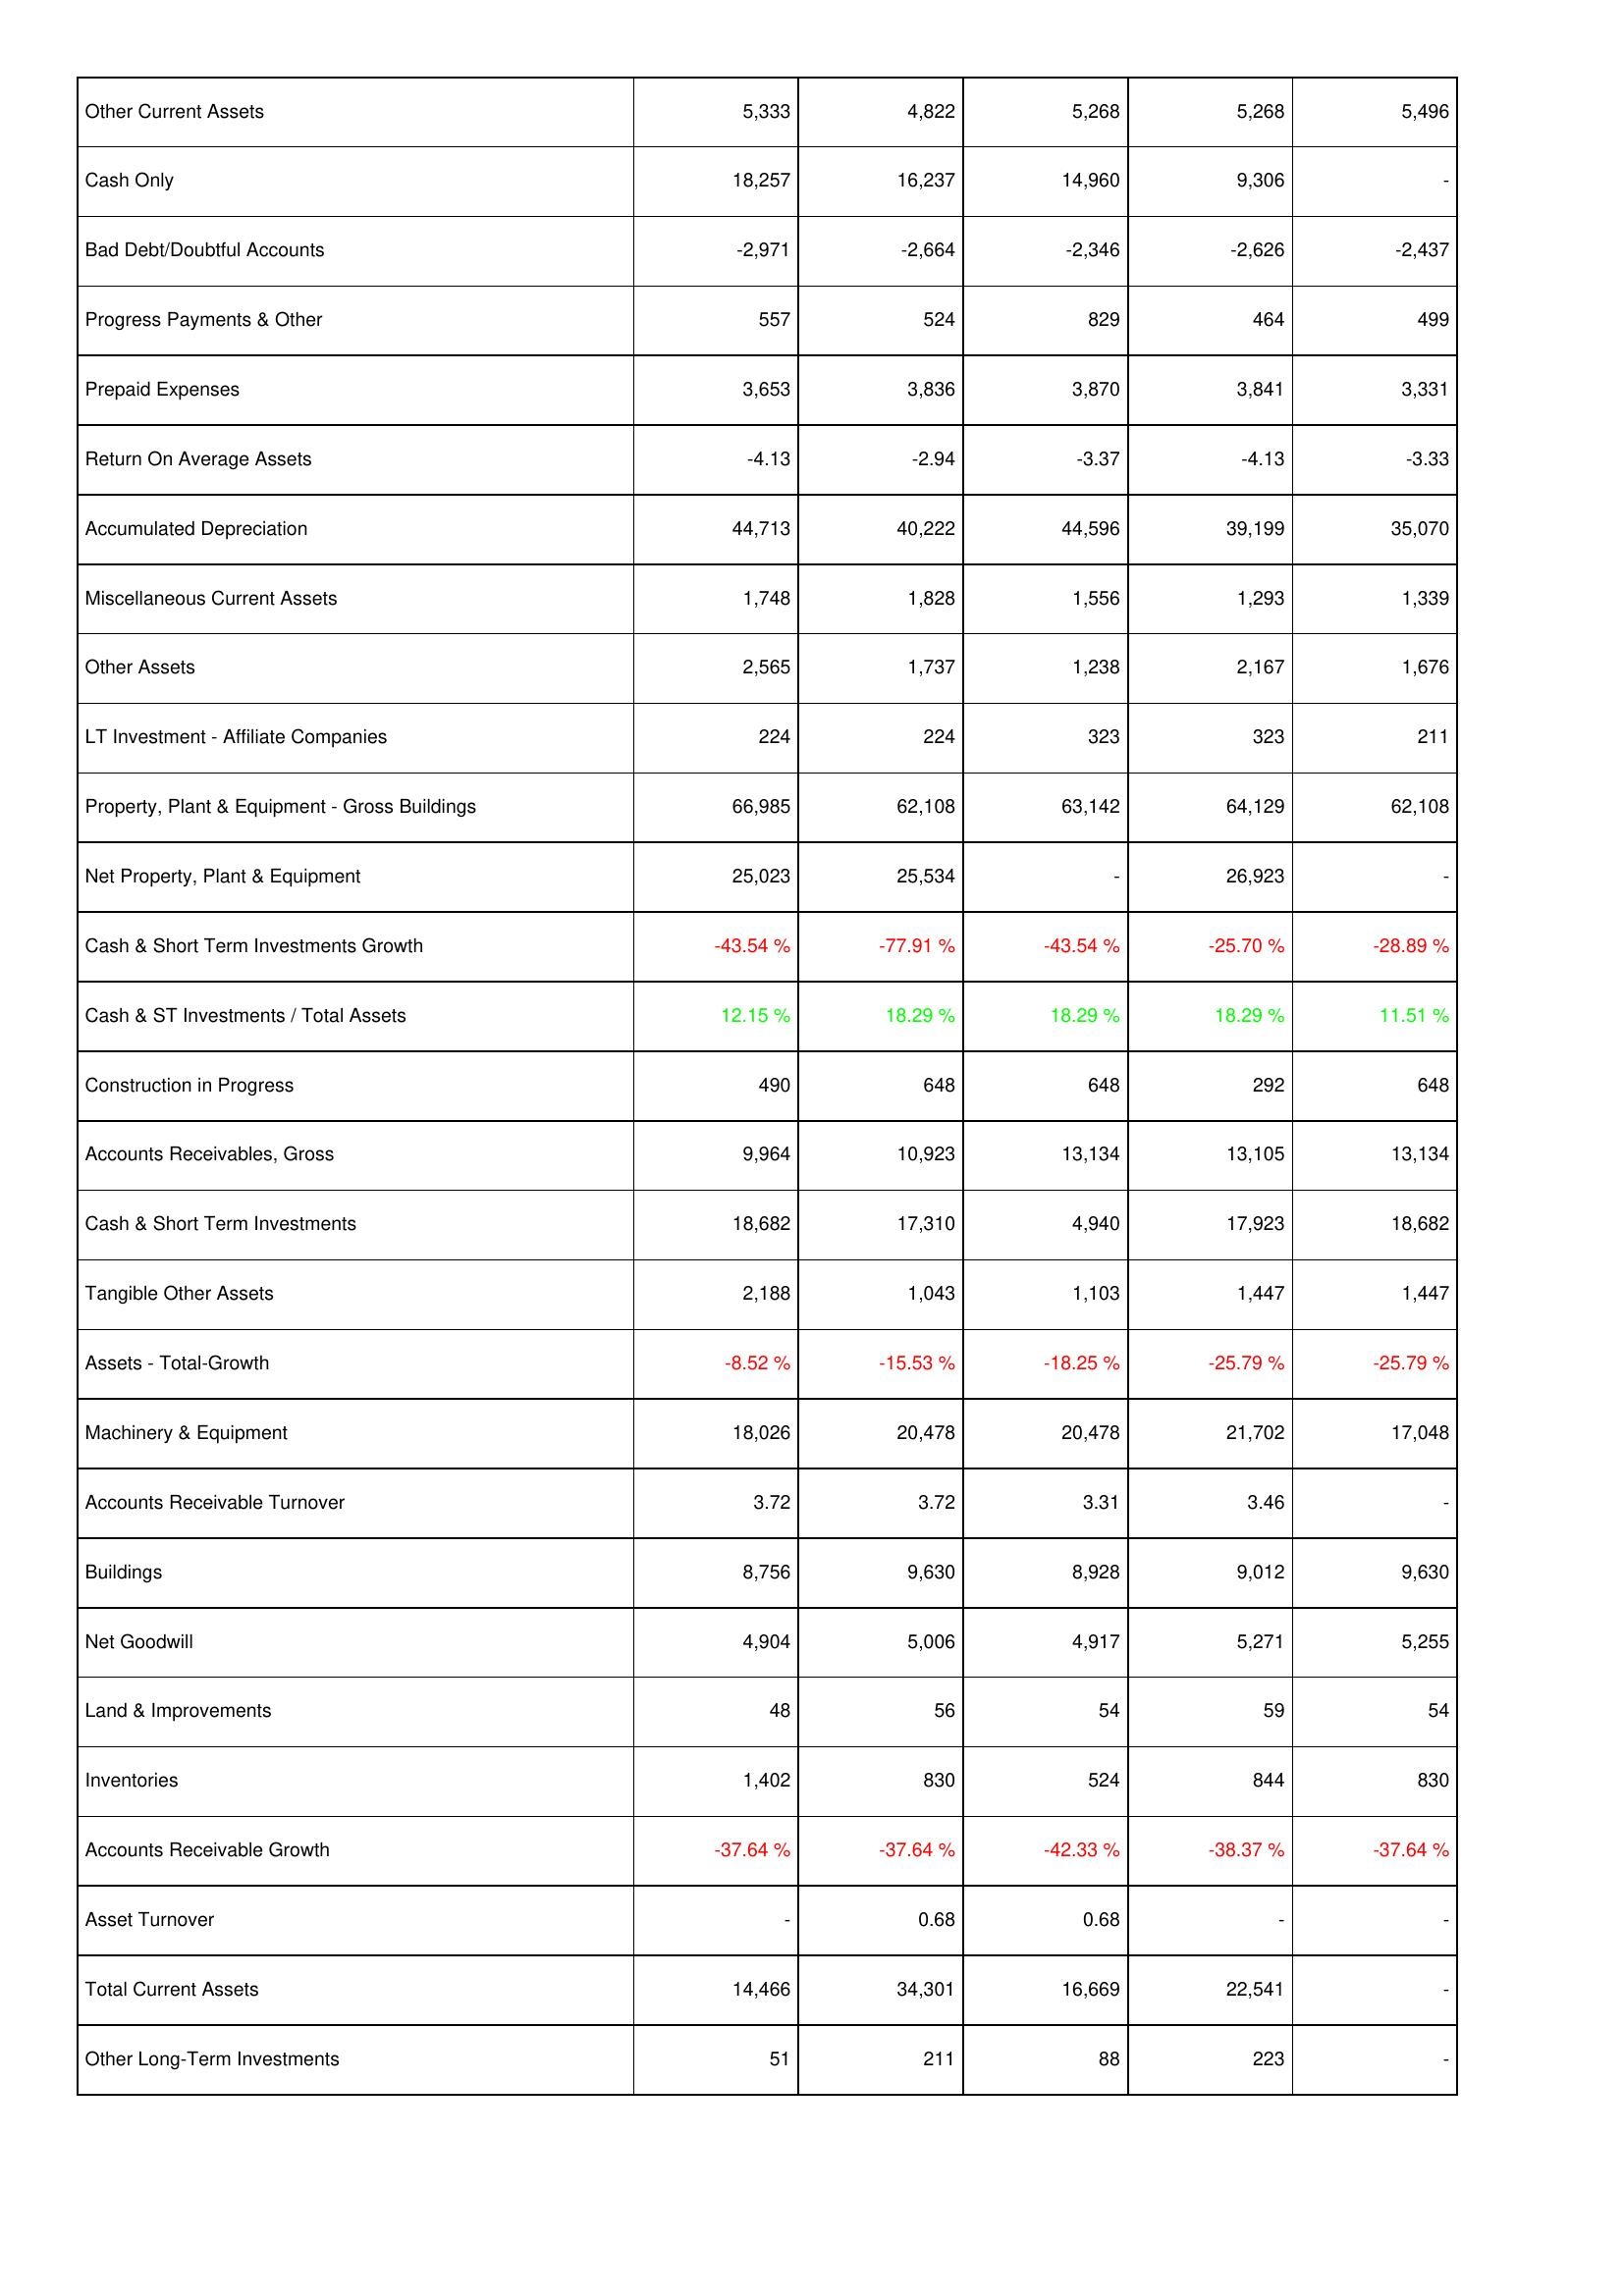
2011: Assets: Other Current Assets: 5,333
Cash Only: 18,257
Bad Debt/Doubtful Accounts: -2,971
Progress Payments & Other: 557
Prepaid Expenses: 3,653
Return On Average Assets: -4.13
Accumulated Depreciation: 44,713
Miscellaneous Current Assets: 1,748
Other Assets: 2,565
LT Investment - Affiliate Companies: 224
Property, Plant & Equipment - Gross Buildings: 66,985
Net Property, Plant & Equipment: 25,023
Cash & Short Term Investments Growth: -43.54 %
Cash & ST Investments / Total Assets: 12.15 %
Construction in Progress: 490
Accounts Receivables, Gross: 9,964
Cash & Short Term Investments: 18,682
Tangible Other Assets: 2,188
Assets - Total-Growth: -8.52 %
Machinery & Equipment: 18,026
Accounts Receivable Turnover: 3.72
Buildings: 8,756
Net Goodwill: 4,904
Land & Improvements: 48
Inventories: 1,402
Accounts Receivable Growth: -37.64 %
Asset Turnover: -
Total Current Assets: 14,466
Other Long-Term Investments: 51
2010: Assets: Other Current Assets: 4,822
Cash Only: 16,237
Bad Debt/Doubtful Accounts: -2,664
Progress Payments & Other: 524
Prepaid Expenses: 3,836
Return On Average Assets: -2.94
Accumulated Depreciation: 40,222
Miscellaneous Current Assets: 1,828
Other Assets: 1,737
LT Investment - Affiliate Companies: 224
Property, Plant & Equipment - Gross Buildings: 62,108
Net Property, Plant & Equipment: 25,534
Cash & Short Term Investments Growth: -77.91 %
Cash & ST Investments / Total Assets: 18.29 %
Construction in Progress: 648
Accounts Receivables, Gross: 10,923
Cash & Short Term Investments: 17,310
Tangible Other Assets: 1,043
Assets - Total-Growth: -15.53 %
Machinery & Equipment: 20,478
Accounts Receivable Turnover: 3.72
Buildings: 9,630
Net Goodwill: 5,006
Land & Improvements: 56
Inventories: 830
Accounts Receivable Growth: -37.64 %
Asset Turnover: 0.68
Total Current Assets: 34,301
Other Long-Term Investments: 211
2009: Assets: Other Current Assets: 5,268
Cash Only: 14,960
Bad Debt/Doubtful Accounts: -2,346
Progress Payments & Other: 829
Prepaid Expenses: 3,870
Return On Average Assets: -3.37
Accumulated Depreciation: 44,596
Miscellaneous Current Assets: 1,556
Other Assets: 1,238
LT Investment - Affiliate Companies: 323
Property, Plant & Equipment - Gross Buildings: 63,142
Net Property, Plant & Equipment: -
Cash & Short Term Investments Growth: -43.54 %
Cash & ST Investments / Total Assets: 18.29 %
Construction in Progress: 648
Accounts Receivables, Gross: 13,134
Cash & Short Term Investments: 4,940
Tangible Other Assets: 1,103
Assets - Total-Growth: -18.25 %
Machinery & Equipment: 20,478
Accounts Receivable Turnover: 3.31
Buildings: 8,928
Net Goodwill: 4,917
Land & Improvements: 54
Inventories: 524
Accounts Receivable Growth: -42.33 %
Asset Turnover: 0.68
Total Current Assets: 16,669
Other Long-Term Investments: 88
2008: Assets: Other Current Assets: 5,268
Cash Only: 9,306
Bad Debt/Doubtful Accounts: -2,626
Progress Payments & Other: 464
Prepaid Expenses: 3,841
Return On Average Assets: -4.13
Accumulated Depreciation: 39,199
Miscellaneous Current Assets: 1,293
Other Assets: 2,167
LT Investment - Affiliate Companies: 323
Property, Plant & Equipment - Gross Buildings: 64,129
Net Property, Plant & Equipment: 26,923
Cash & Short Term Investments Growth: -25.70 %
Cash & ST Investments / Total Assets: 18.29 %
Construction in Progress: 292
Accounts Receivables, Gross: 13,105
Cash & Short Term Investments: 17,923
Tangible Other Assets: 1,447
Assets - Total-Growth: -25.79 %
Machinery & Equipment: 21,702
Accounts Receivable Turnover: 3.46
Buildings: 9,012
Net Goodwill: 5,271
Land & Improvements: 59
Inventories: 844
Accounts Receivable Growth: -38.37 %
Asset Turnover: -
Total Current Assets: 22,541
Other Long-Term Investments: 223
2007: Assets: Other Current Assets: 5,496
Cash Only: -
Bad Debt/Doubtful Accounts: -2,437
Progress Payments & Other: 499
Prepaid Expenses: 3,331
Return On Average Assets: -3.33
Accumulated Depreciation: 35,070
Miscellaneous Current Assets: 1,339
Other Assets: 1,676
LT Investment - Affiliate Companies: 211
Property, Plant & Equipment - Gross Buildings: 62,108
Net Property, Plant & Equipment: -
Cash & Short Term Investments Growth: -28.89 %
Cash & ST Investments / Total Assets: 11.51 %
Construction in Progress: 648
Accounts Receivables, Gross: 13,134
Cash & Short Term Investments: 18,682
Tangible Other Assets: 1,447
Assets - Total-Growth: -25.79 %
Machinery & Equipment: 17,048
Accounts Receivable Turnover: -
Buildings: 9,630
Net Goodwill: 5,255
Land & Improvements: 54
Inventories: 830
Accounts Receivable Growth: -37.64 %
Asset Turnover: -
Total Current Assets: -
Other Long-Term Investments: -